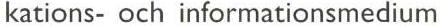
kations- och informationsmedium